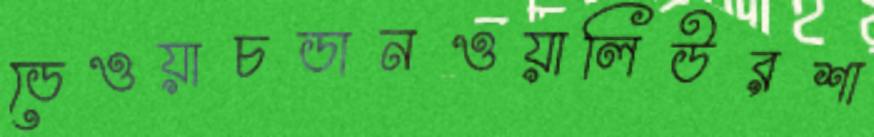
ডেওয়াচডানওয়ালিউরশা